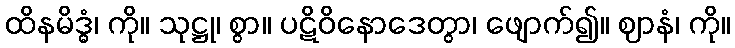
ထိနမိဒ္ဓံ၊ ကို။ သုဋ္ဌု၊ စွာ။ ပဋိဝိနောဒေတွာ၊ ဖျောက်၍။ ဈာနံ၊ ကို။